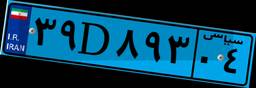
۳۹D۸۹۳۰۴